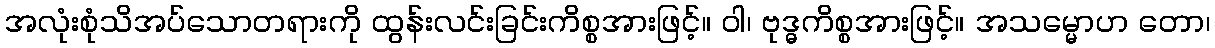
အလုံးစုံသိအပ်သောတရားကို ထွန်းလင်းခြင်းကိစ္စအားဖြင့်။ ဝါ၊ ဗုဒ္ဓကိစ္စအားဖြင့်။ အသမ္မောဟ တော၊